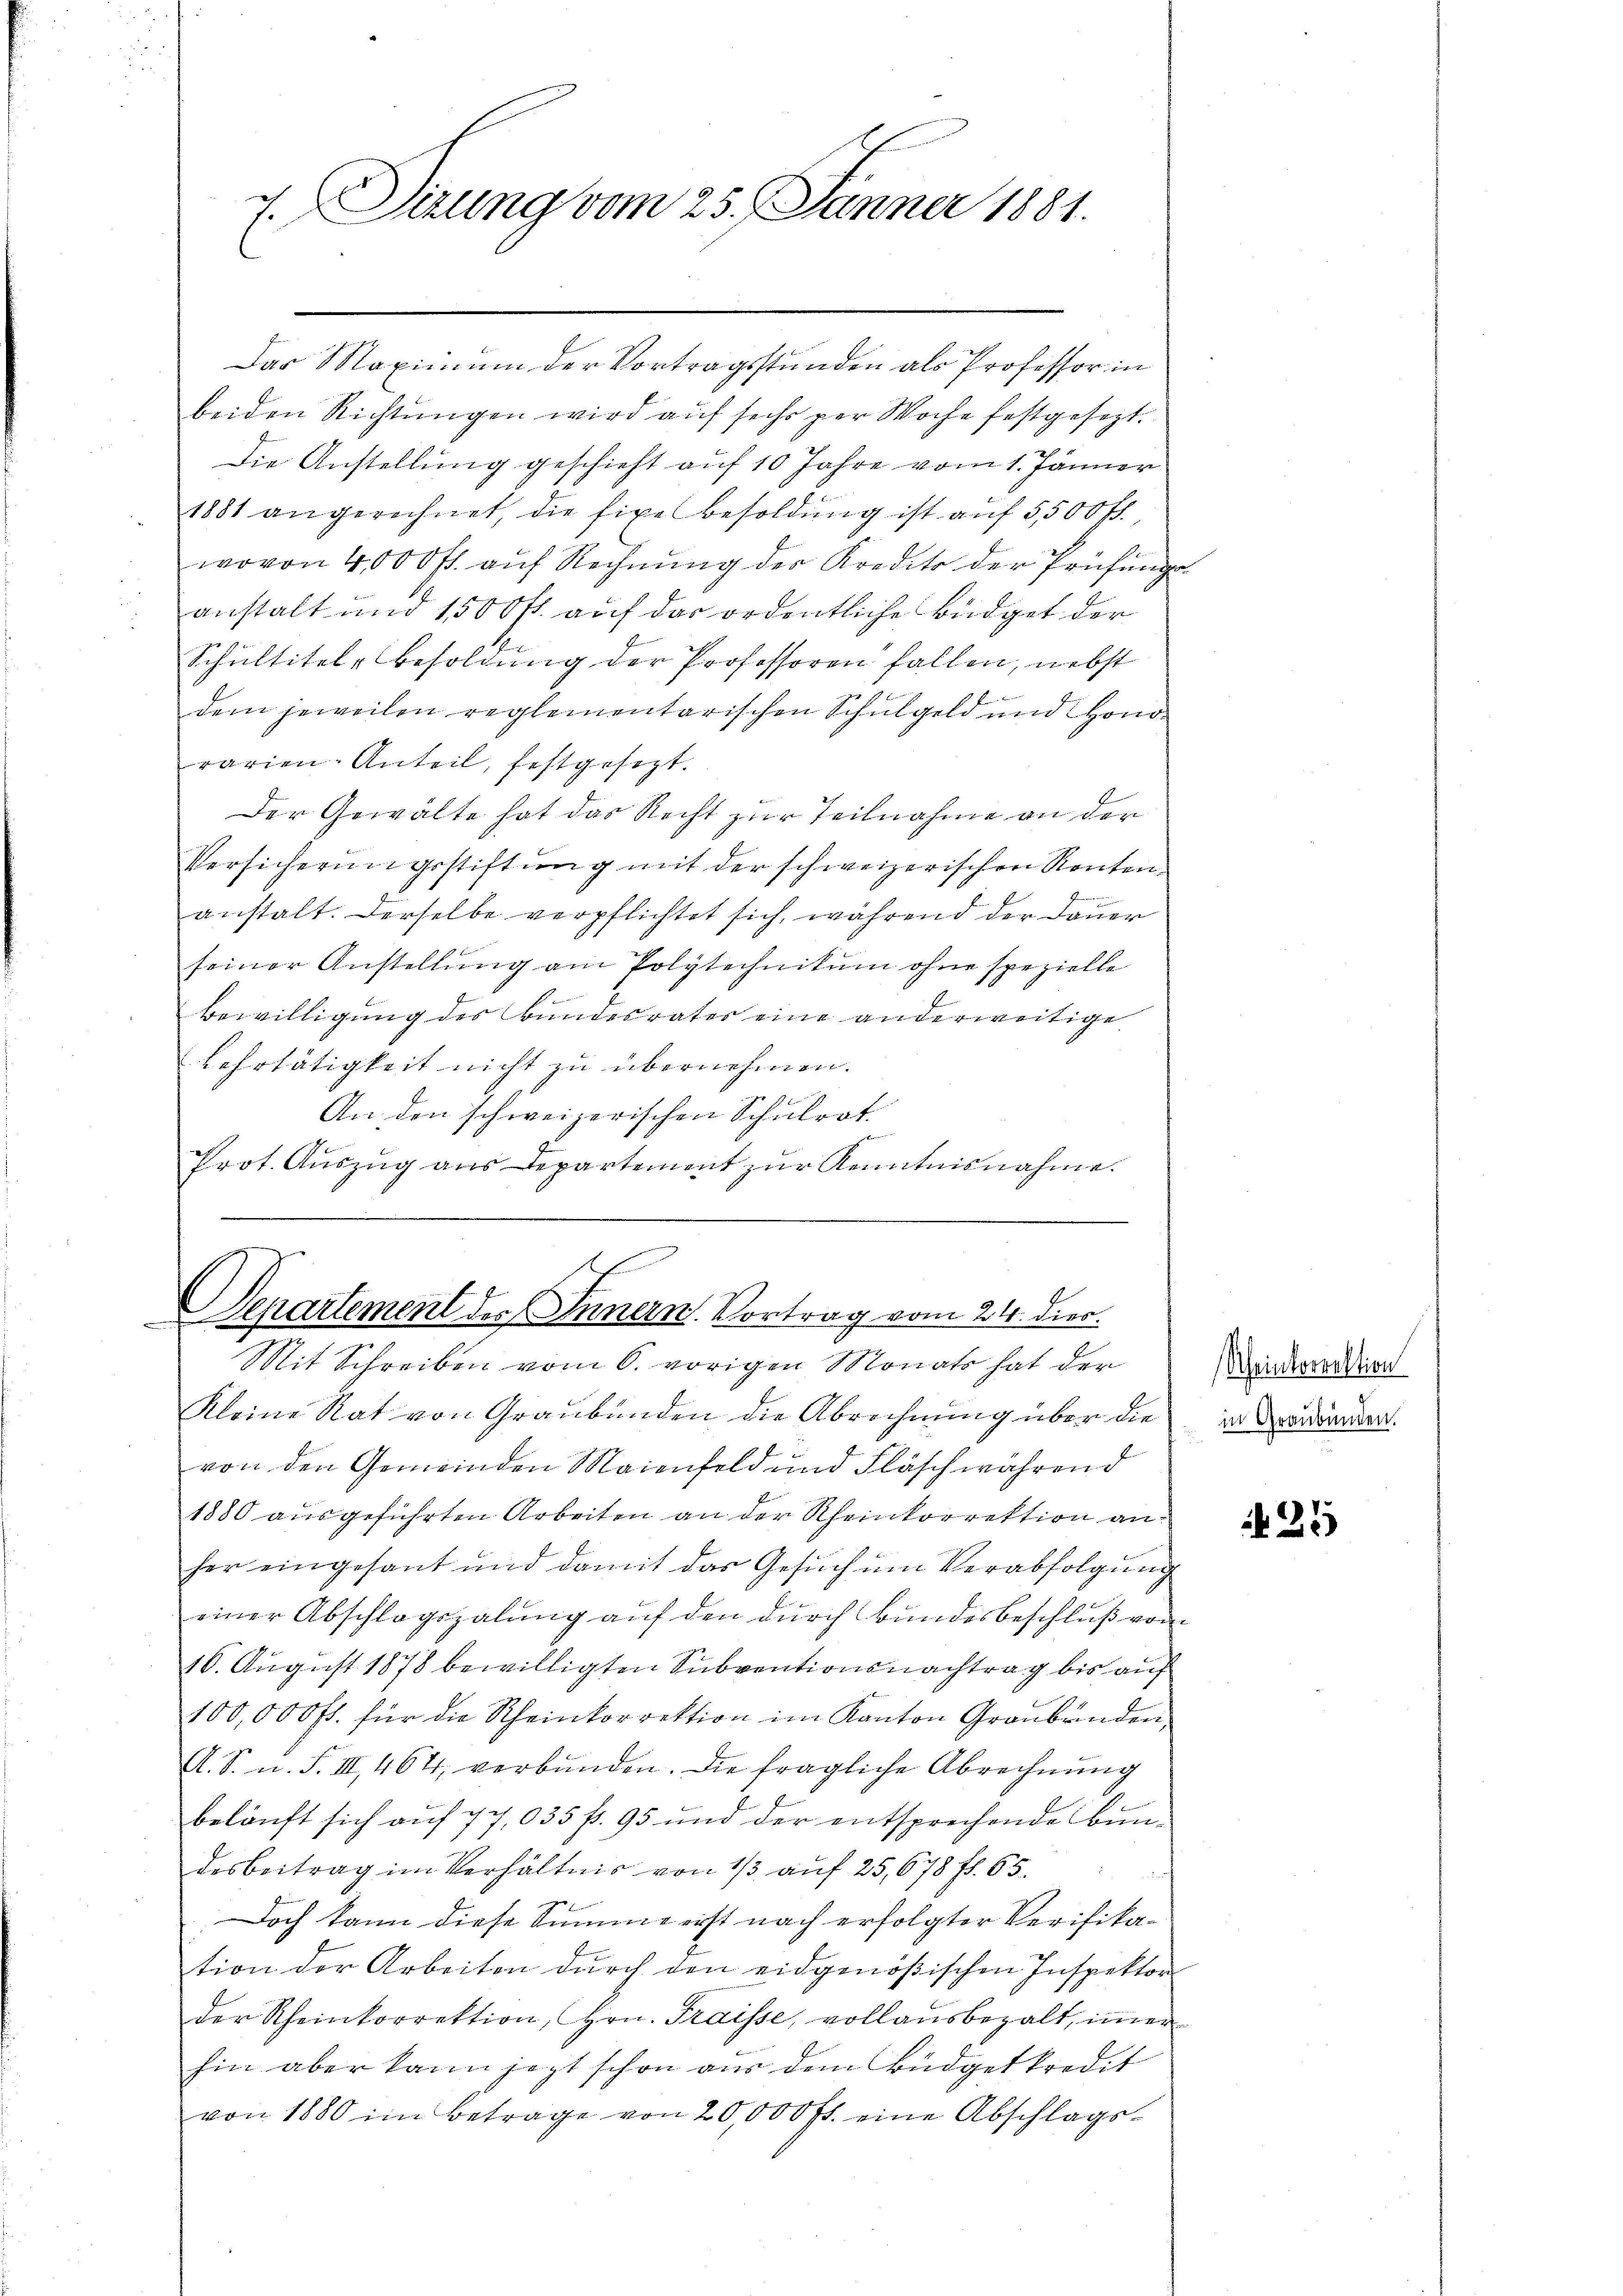
7. Sizung vom 25. Jänner 1881.

Das Maximum der Vortragsstunden als Professor in
beiden Richtungen wird auf sechs per Woche festgesezt.
Die Anstellung geschieht auf 10 Jahre vom 1. Jänner
1881 angerechnet, die fixe Besoldŭng ist aŭf 5,500 fl.
wovon 4,000 fl. auf Rechnung der Kredito der Prüfungs-
anstalt und 1500 fl. auf das ordentliche Büdget der
Schultitel-Besoldung der Professoren fallen, nebst
dem jeweilen reglementarischen Schulgeld und Honorarien- Anteil, festgesezt.
Der Gewalte hat das Recht zur Teilnahme an der
Versicherungsstiftung mit der schweizerischen Rentenanstalt. Derselbe verpflichtet sich, während der Dauer
seiner Anstellung am Polytechnikum ohne spezielle
.
Bewilligung des Bundesrates eine anderweitige
Lehrtätigkeit nicht zu übernehmen.
An den schweizerischen Schulrat
Prot. Auszug aus Departement zur Kenntnisnahme.

Separtement des Innern. Vortrag vom 24. dies.

Mit Schreiben vom 6. vorigen Monats hat der
Kleine Rat von Graubünden die Abrechnung über die
von den Gemeinden Maienfeld und Fläsch während
1880 ausgeführten Arbeiten an der Rheinkorrektion anher eingesant und damit das Gesuch um Verabfolgung
einer Abschlagszalung auf den durch Bundesbeschluß vom
16. August 1878 bewilligten Subventionsnachtrag bis auf
100,000 fl. für die Rheinkorrektion im Kanton Graubünden,
A. S. n. F. III 464, verbunden. Die fragliche Abrechnung
beläuft sich auf 77,035 f. 95 und der entsprechende Bundesbeitrag im Verhältnis von 1/3 auf 25,678 f. 65.
inf
Doch kann diese Summe erst nach erfolgter Verifikation der Arbeiten durch den eidgenößischen Inspektor
der Rheinkorrektion, Hrn. Fraisse, vollausbezalt, immer
hin aber kann jezt schon aus dem Büdgetkredit
von 1880 im Betrage von 20,000 fl. eine Abschlags¬

Scheinkorrektion
in Graubünden.

25